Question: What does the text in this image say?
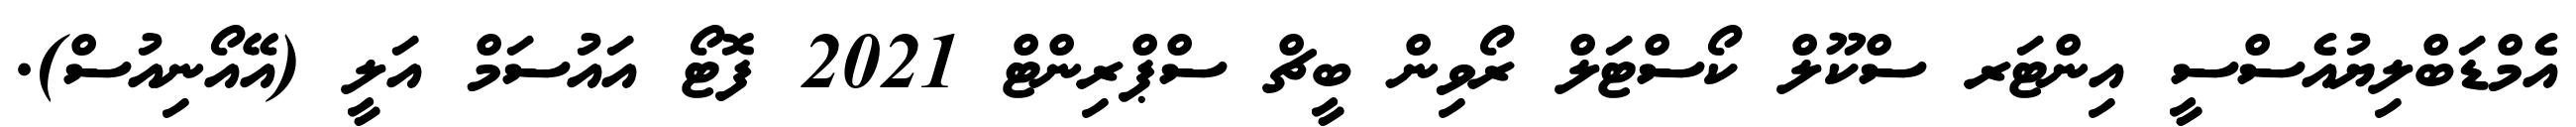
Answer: އެމްޑަބްލިޔުއެސްސީ އިންޓަރ ސްކޫލް ކޯސްޓަލް ރޯވިން ބީޗް ސްޕްރިންޓް 2021 ފޮޓޯ އައުސަމް އަލީ (އޭއޯނިއުސް).